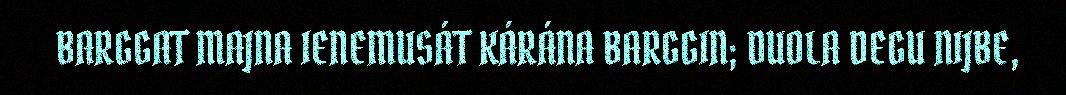
BARGGAT MAJNA IENEMUSÁT KÁRÁNA BARGGIN; DUOLA DEGU NIJBE,